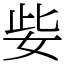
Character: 姕